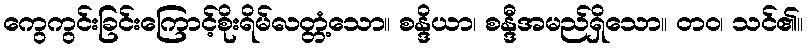
ကွေကွင်းခြင်းကြောင့်စိုးရိမ်လတ္တံ့သော။ စန္ဒိယာ၊ စန္ဒီအမည်ရှိသော။ တဝ၊ သင်၏။